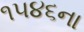
૧૫૪૬ના